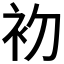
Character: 𭃨